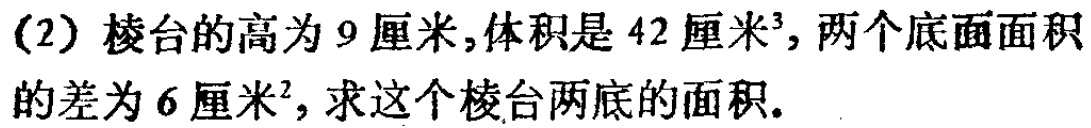
(2) 棱台的高为 9 厘米,体积是 42 厘米³, 两个底面面积的差为 6 厘米², 求这个棱台两底的面积.